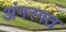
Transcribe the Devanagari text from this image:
अंगरगत